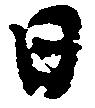
日